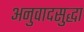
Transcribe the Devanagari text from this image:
अनुवादसुद्धा